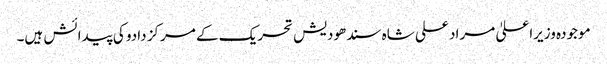
موجودہ وزیراعلیٰ مراد علی شاہ سندھودیش تحریک کے مرکز دادو کی پیدائش ہیں۔